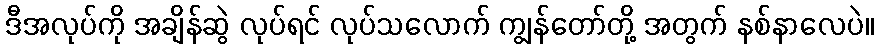
ဒီအလုပ်ကို အချိန်ဆွဲ လုပ်ရင် လုပ်သလောက် ကျွန်တော်တို့ အတွက် နစ်နာလေပဲ။